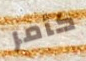
كأمر